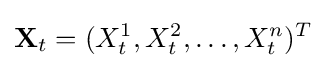
\mathbf {X} _{t}=(X_{t}^{1},X_{t}^{2},\ldots ,X_{t}^{n})^{T}